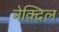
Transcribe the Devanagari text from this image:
नेक्दिल